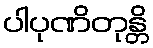
ပါပုဏိတုန္တိ